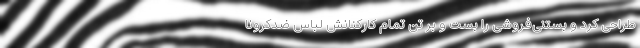
طراحی کرد و بستنی‌فروشی را بست و بر تن تمام کارکنانش لباس ضدکرونا